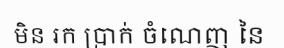
មិន រក ប្រាក់ ចំណេញ នៃ